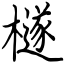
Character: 檖